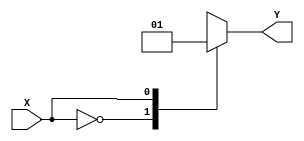
module x_case_statement (
    input wire X,
    output reg Y
);

always @(*) begin
    case (X)
        2'b00: Y <= 0; // When X is 00
        2'b01: Y <= 1; // When X is 01
        2'b10: Y <= 0; // When X is 10
        2'b11: Y <= 1; // When X is 11
        default: Y <= 0; // Default case
    endcase
end

endmodule